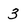
Character: 3